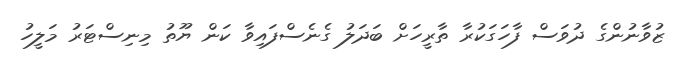
ޒުވާނުންގެ ދުވަސް ފާހަގަކުރާ ތާރީހަށް ބަދަލު ގެނެސްފައިވާ ކަން ޔޫތު މިނިސްޓަރު މަލީހު